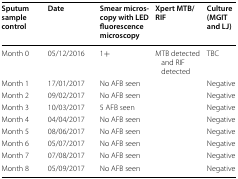
<table><thead><tr><td><b>Sputum sample control</b></td><td><b>Date</b></td><td><b>Smear microscopy with LED fluorescence microscopy</b></td><td><b>Xpert MTB/RIF</b></td><td><b>Culture (MGIT and LJ)</b></td></tr></thead><tbody><tr><td>Month 0</td><td>05/12/2016</td><td>1+</td><td>MTB detected and RIF detected</td><td>TBC</td></tr><tr><td>Month 1</td><td>17/01/2017</td><td>No AFB seen</td><td></td><td>Negative</td></tr><tr><td>Month 2</td><td>09/02/2017</td><td>No AFB seen</td><td></td><td>Negative</td></tr><tr><td>Month 3</td><td>10/03/2017</td><td>5 AFB seen</td><td></td><td>Negative</td></tr><tr><td>Month 4</td><td>04/04/2017</td><td>No AFB seen</td><td></td><td>Negative</td></tr><tr><td>Month 5</td><td>08/06/2017</td><td>No AFB seen</td><td></td><td>Negative</td></tr><tr><td>Month 6</td><td>05/07/2017</td><td>No AFB seen</td><td></td><td>Negative</td></tr><tr><td>Month 7</td><td>07/08/2017</td><td>No AFB seen</td><td></td><td>Negative</td></tr><tr><td>Month 8</td><td>05/09/2017</td><td>No AFB seen</td><td></td><td>Negative</td></tr></tbody></table>